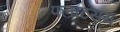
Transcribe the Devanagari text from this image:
फ्लॉटसम